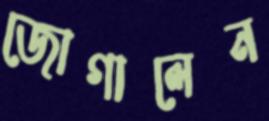
জোগালেন